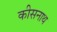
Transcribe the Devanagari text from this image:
कीसनाथ